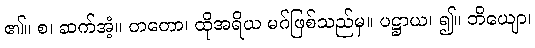
၏။ စ၊ ဆက်အံ့။ တတော၊ ထိုအရိယ မဂ်ဖြစ်သည်မှ။ ပဋ္ဌာယ၊ ၍။ ဘိယျော၊